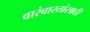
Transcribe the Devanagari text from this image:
वारंवारतांसाठी